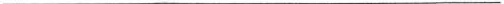
___